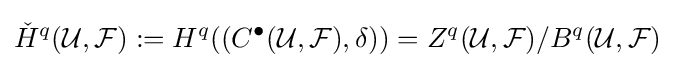
{\check {H}}^{q}({\mathcal {U}},{\mathcal {F}}):=H^{q}((C^{\bullet }({\mathcal {U}},{\mathcal {F}}),\delta ))=Z^{q}({\mathcal {U}},{\mathcal {F}})/B^{q}({\mathcal {U}},{\mathcal {F}})